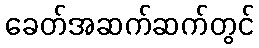
ခေတ်အဆက်ဆက်တွင်